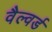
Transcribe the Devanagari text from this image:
वैल्वर्ड